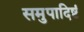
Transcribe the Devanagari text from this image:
समुपादिष्टं